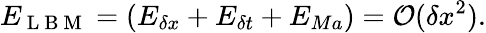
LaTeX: E_{\mathrm{~L~B~M~}}=\left(E_{\delta x}+E_{\delta t}+E_{Ma}\right)=\mathcal{O}(\delta x^{2}).